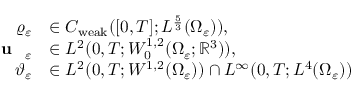
\begin{array} { r l } { \varrho _ { \varepsilon } } & { \in C _ { \mathrm { w e a k } } ( [ 0 , T ] ; L ^ { \frac { 5 } { 3 } } ( \Omega _ { \varepsilon } ) ) , } \\ { \textbf { \textup { u } } _ { \varepsilon } } & { \in L ^ { 2 } ( 0 , T ; W _ { 0 } ^ { 1 , 2 } ( \Omega _ { \varepsilon } ; \mathbb { R } ^ { 3 } ) ) , } \\ { \vartheta _ { \varepsilon } } & { \in L ^ { 2 } ( 0 , T ; W ^ { 1 , 2 } ( \Omega _ { \varepsilon } ) ) \cap L ^ { \infty } ( 0 , T ; L ^ { 4 } ( \Omega _ { \varepsilon } ) ) } \end{array}